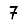
Digit: 7